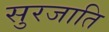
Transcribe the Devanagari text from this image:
सुरजाति